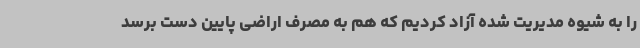
را به شیوه مدیریت شده آزاد کردیم که هم به مصرف اراضی پایین دست برسد